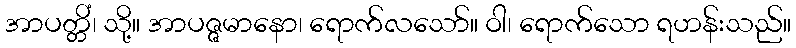
အာပတ္တိံ၊ သို့။ အာပဇ္ဇမာနော၊ ရောက်လသော်။ ဝါ၊ ရောက်သော ရဟန်းသည်။